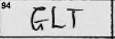
Transcription: GLT